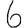
Digit: 6